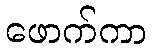
ဖောက်ကာ